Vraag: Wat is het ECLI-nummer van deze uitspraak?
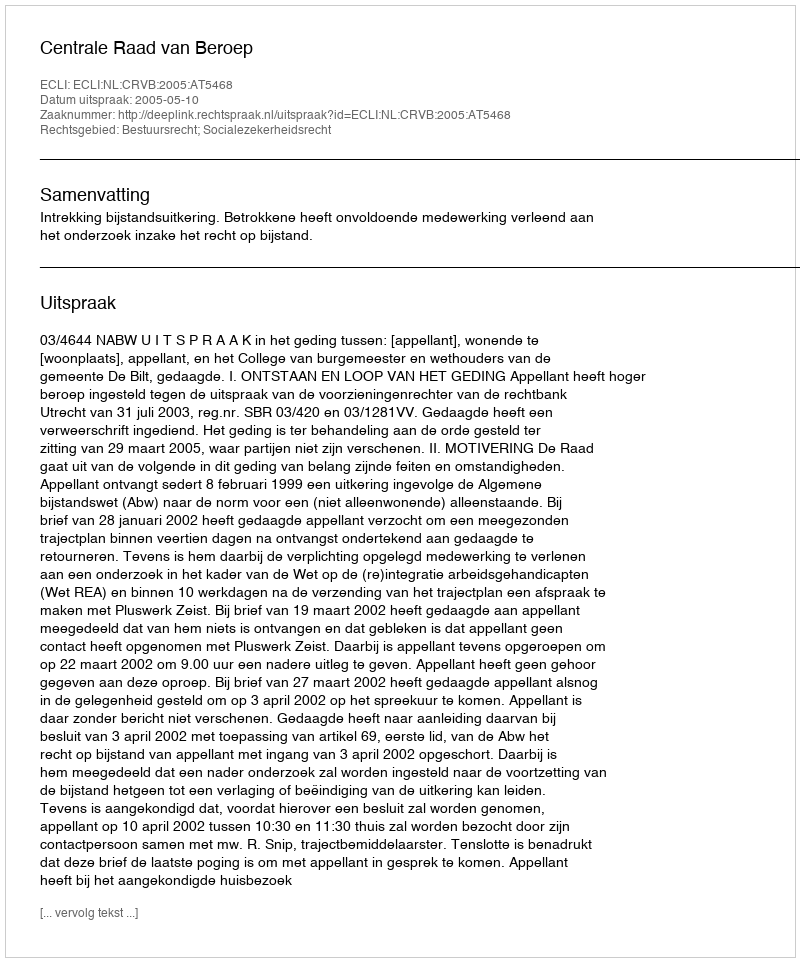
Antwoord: ECLI:NL:CRVB:2005:AT5468